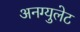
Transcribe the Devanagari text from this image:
अनग्युलेट